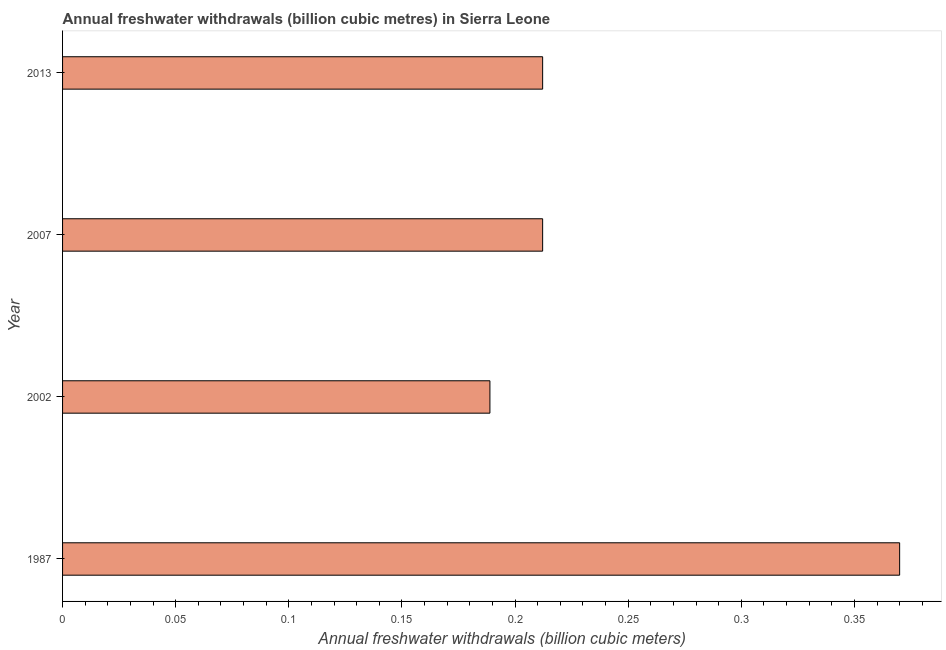
| Year | Annual freshwater withdrawals |
 | --- | --- |
 | 1987 | 0.37 |
 | 2002 | 0.189 |
 | 2007 | 0.212 |
 | 2013 | 0.212 |